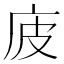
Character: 𢇳